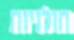
חולניות